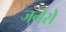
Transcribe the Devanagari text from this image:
जनेसे